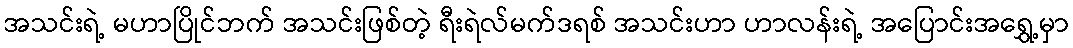
အသင်းရဲ့ မဟာပြိုင်ဘက် အသင်းဖြစ်တဲ့ ရီးရဲလ်မက်ဒရစ် အသင်းဟာ ဟာလန်းရဲ့ အပြောင်းအရွှေ့မှာ